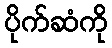
ပိုက်ဆံကို